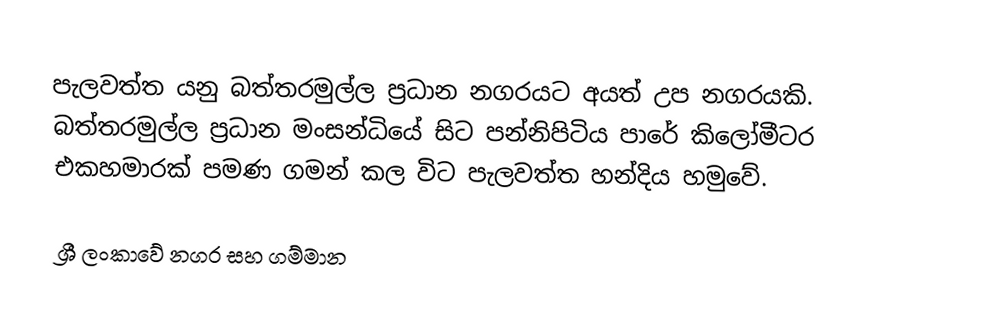
පැලවත්ත යනු බත්තරමුල්ල ප්‍රධාන නගරයට අයත් උප නගරයකි. බත්තරමුල්ල ප්‍රධාන මංසන්ධියේ සිට පන්නිපිටිය පාරේ කිලෝමීටර එකහමාරක් පමණ ගමන් කල විට පැලවත්ත හන්දිය හමුවේ.

ශ්‍රී ලංකාවේ නගර සහ ගම්මාන